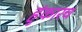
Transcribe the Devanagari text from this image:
हुंकारच